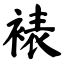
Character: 裱